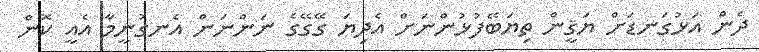
ދެން އަޅުގަނޑަށް ޔަޤީން ތިޔަބޭފުޅުންނަށް އެދިޔަ ގޭގޭގެ ނަންނަން އެނގުނީމާ އެއީ ކޮން